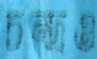
চন্দ্রও